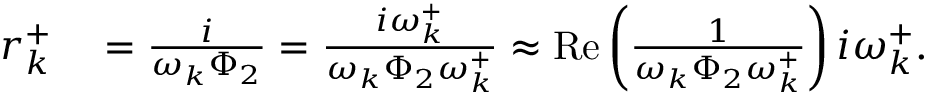
\begin{array} { r l } { r _ { k } ^ { + } } & { { } = \frac { i } { \omega _ { k } \Phi _ { 2 } } = \frac { i \omega _ { k } ^ { + } } { \omega _ { k } \Phi _ { 2 } \omega _ { k } ^ { + } } \approx \operatorname { R e } \left( \frac { 1 } { \omega _ { k } \Phi _ { 2 } \omega _ { k } ^ { + } } \right) i \omega _ { k } ^ { + } . } \end{array}